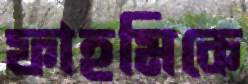
ফাহমিকে